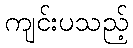
ကျင်းပသည့်